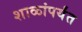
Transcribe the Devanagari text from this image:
शाळांपर्यंत